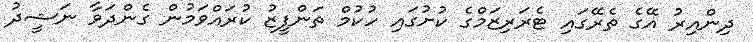
ދިންއިރު އޭގެ ތެރޭގައި ޓެރަރިޒަމްގެ ކުށުގައި ހުކުމް ތަންފީޒު ކުރައްވަމުން ގެންދަވާ ނަޝީދު